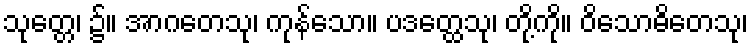
သုတ္တေ၊ ၌။ အာဂတေသု၊ ကုန်သော။ ပဒတ္ထေသု၊ တို့ကို။ ဝိသောဓိတေသု၊